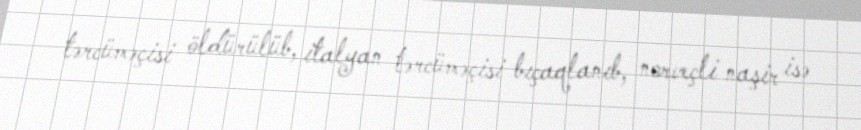
tərcüməçisi öldürülüb, italyan tərcüməçisi bıçaqlanıb, norveçli naşir isə